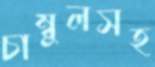
চাম্বুলসহ